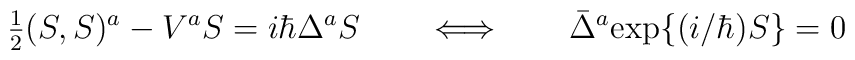
\hbox{$\frac{1}{2}$} (S,S)^a - V^a S = i \hbar \Delta^a S\qquad\Longleftrightarrow\qquad\bar{\Delta}^a {\rm exp}\{ (i/\hbar) S \} = 0